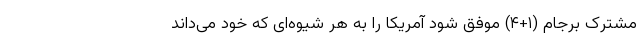
مشترک برجام (۱+۴) موفق شود آمریکا را به هر شیوه‌ای که خود می‌داند